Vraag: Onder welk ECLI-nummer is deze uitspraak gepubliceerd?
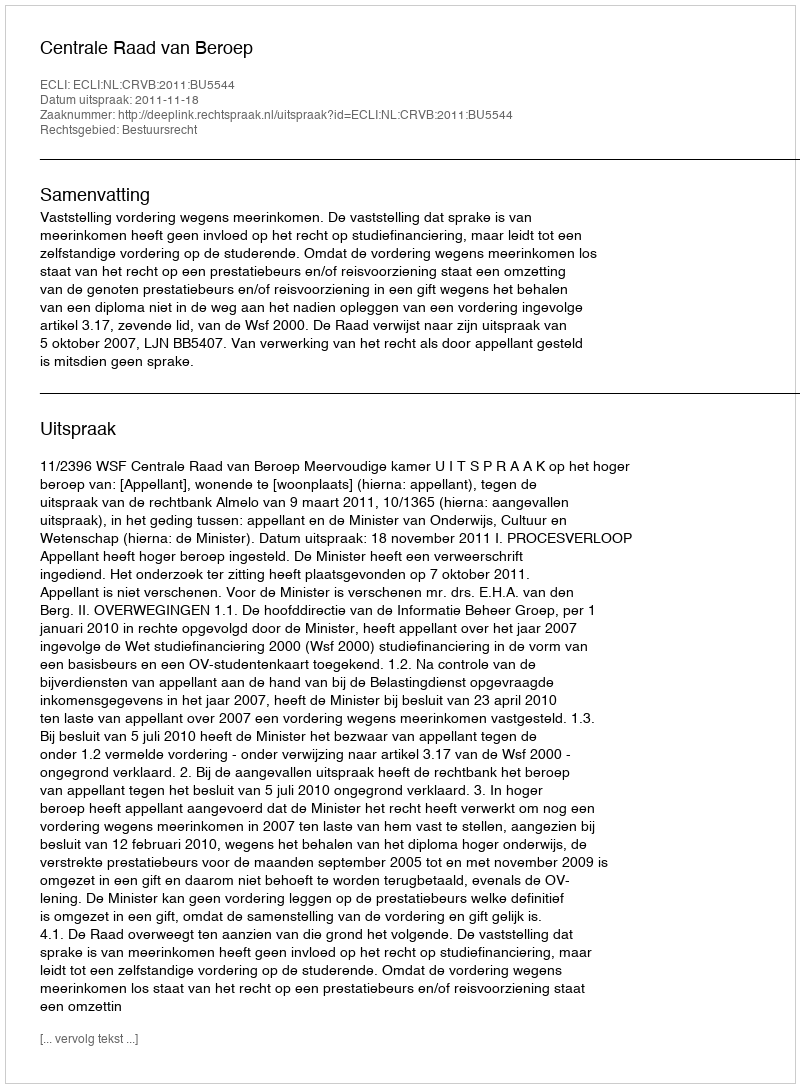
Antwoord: ECLI:NL:CRVB:2011:BU5544